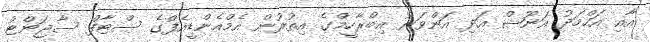
އާއި އަހްމަދު އަނޫޝް އަދި އަންވަރު އިބްރާހީމްގެ އިތުރުން އެމްއެންޑީއެފްގެ ސްޓާފް ސާޖަންޓު